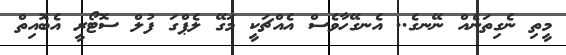
މީތި ނެގިތަނެއް ނޭނގެ.. އެނގޭހާވެސް އެއްޗަކީ މަގޭ ލެޕްގަ ފުލް ސޮޓޯރީ އެބޮއިތް